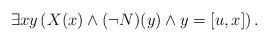
LaTeX: \begin{align*}\exists x y \left(X(x) \wedge (\neg N)(y) \wedge y = [u,x] \right).\end{align*}